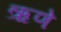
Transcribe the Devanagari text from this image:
ऋणे